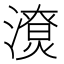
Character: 𣿳